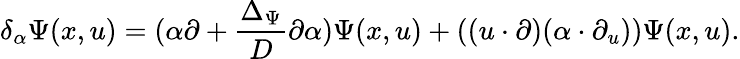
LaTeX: \delta_{\alpha}\Psi(x,u)=(\alpha\partial+\frac{\Delta_{\Psi}}{D}\partial\alpha)\Psi(x,u)+((u\cdot\partial)(\alpha\cdot\partial_{u}))\Psi(x,u).